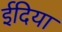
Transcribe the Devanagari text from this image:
ईदिया